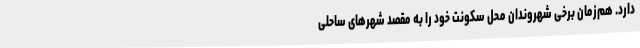
دارد. هم‌زمان برخی شهروندان محل سکونت خود را به مقصد شهرهای ساحلی